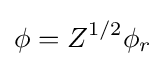
\phi =Z^{1/2}\phi _{r}